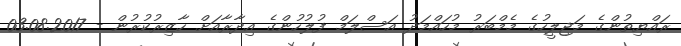
ރައްޔިތުންގެ މަޖިލީހުގެ މެމްބަރު މުހައްމަދު އަސްލަމް ފުލުހުންގެ އިދާރާއަށް ހާޒިރުކުރުން - 03.08.2017